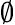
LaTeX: \emptyset